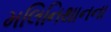
મલિનિથાનના